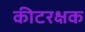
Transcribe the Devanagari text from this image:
कीटरक्षक